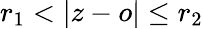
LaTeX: r_{1}<|z-o|\leq r_{2}